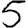
Digit: 5